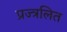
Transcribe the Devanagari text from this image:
प्रज्त्रलित